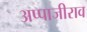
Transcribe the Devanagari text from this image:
अप्पाजीराव